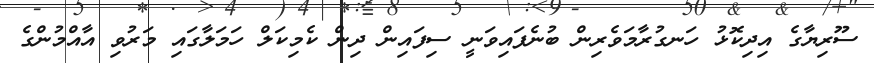
ސޫރިޔާގެ އިދިކޮޅު ހަނގުރާމަވެރިން ބުނެފައިވަނީ ސިފައިން ދިން ކެމިކަލް ހަމަލާގައި މަރުވި އާއްމުންގެ